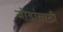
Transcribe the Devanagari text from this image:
जोडांसाठी